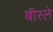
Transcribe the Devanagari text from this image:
बीस्ले